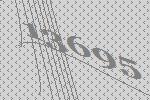
13695